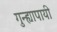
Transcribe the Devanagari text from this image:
गुन्ह्यापायी